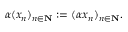
\alpha ( x _ { n } ) _ { n \in \mathbf { N } } : = ( \alpha x _ { n } ) _ { n \in \mathbf { N } } .